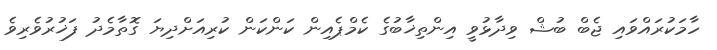
ހާމަކުރައްވައި ޖެބް ބުޝް ވިދާޅުވީ އިންތިޚާބުގެ ކެމްޕެއިން ކަންކަން ކުރިއަށްދިޔަ ގޮތާމެދު ފަޚުރުވެރިވެ